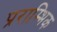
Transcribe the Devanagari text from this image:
प्रराम्भिक